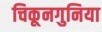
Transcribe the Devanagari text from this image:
चिकूनगुनिया